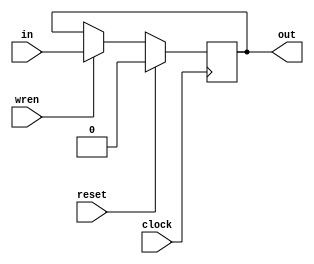
module masterSlave(clock, reset, wren, in, out);

	input clock, reset, wren, in;
	output reg out;
	
	
	always @(posedge clock)
		if (reset == 1'b1)
			out = 1'b0;
		else if(wren ==1'b1)
			out = in;
endmodule